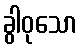
ခွါဝုသော